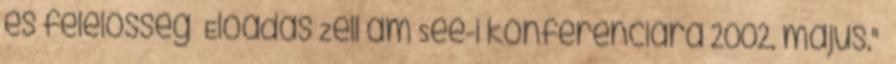
és felelősség Előadás Zell am See-i konferenciára 2002. május."—